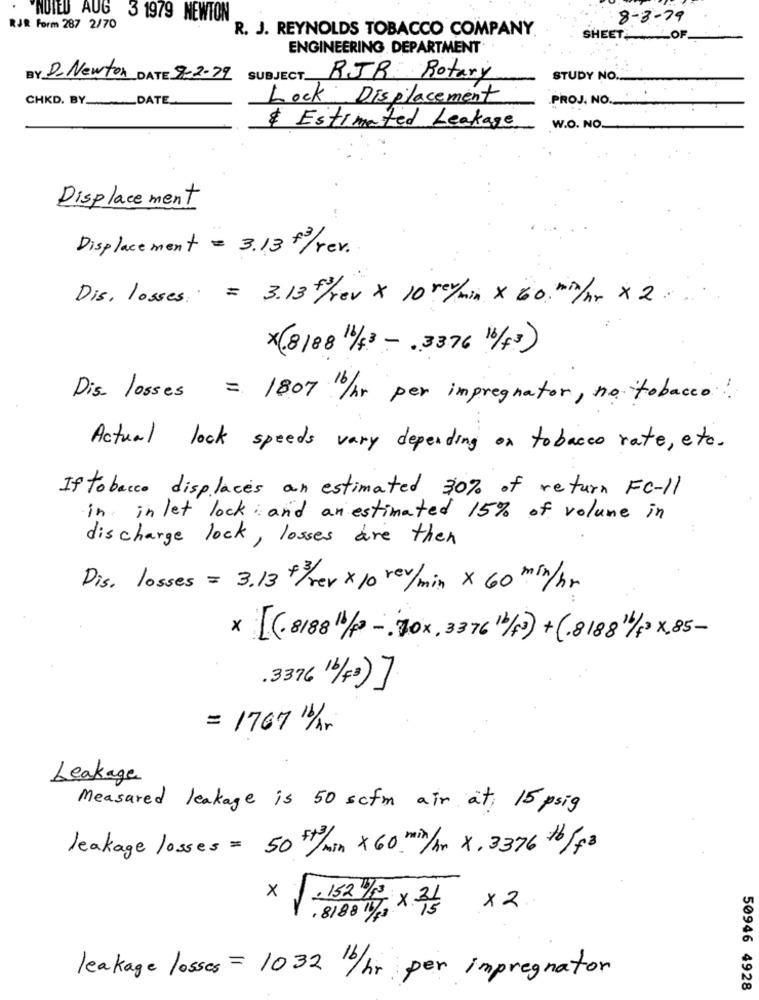
"NOIEU AUG 3 1979 NEWTON
8-3-79
RJR Form 287 2/70
R. J. REYNOLDS TOBACCO COMPANY
SHEET OF
ENGINEERING DEPARTMENT
BY D. Newton DATE 7-2-29
SUBJECT.
RJR Rotary
STUDY NO.
CHKD. BY __.__ DATE_
Lock Displacement
PROJ, NO.
& Estimated Leakage
W.O. NO.
Displacement
Displacement = 3.13 0/rev.
Dis, losses = 3.13/fev x 10 rey/min x 60. "h/hr x 2 ...
x(8188 1/4) - . 376 16/ft)
Dis. losses = 1807 10/hr per impregnator, no tobacco!
Actual lock speeds vary depending on tobacco rate, etc.
If tobacco displaces an estimated 30% of return Fc-11
in inlet lock and an estimated 15% of volume in
discharge lock, losses are then
Dis. losses = 3.13 +/rev × 10 rev/min x 60mln/hr
* (.8188 1/8- 10x, 3376 11/f) +(.818 /83 x85-
.376 11/40)]
= 17671/ r
Leakage
Measured leakage is 50 scfm air at 15 psig
leakage losses = 50th/min x60 min/hn x. 3376 tb/f3
x
-152 %
. 8188 1/5 X 2}
X 2
leakage losses = 1032 /hr per impregnator
50946 4928